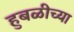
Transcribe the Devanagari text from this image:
हुबळीच्या